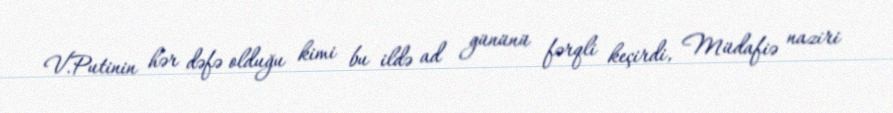
V.Putinin hər dəfə olduğu kimi bu ildə ad gününü fərqli keçirdi, Müdafiə naziri